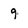
Character: 9